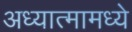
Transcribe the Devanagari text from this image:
अध्यात्मामध्ये